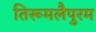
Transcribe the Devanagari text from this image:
तिरूमलैपुरम